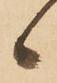
候